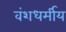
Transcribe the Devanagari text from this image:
वंशधर्मीय